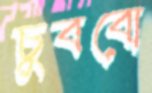
চুববো